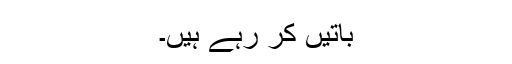
باتیں کر رہے ہیں۔